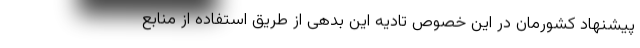
پیشنهاد کشورمان در این خصوص تادیه این بدهی از طریق استفاده از منابع